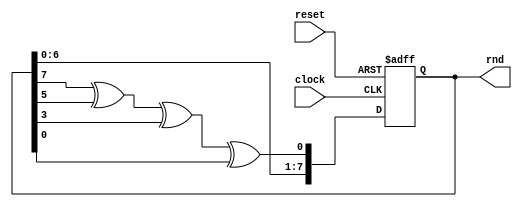
// http://simplefpga.blogspot.com.co/2013/02/random-number-generator-in-verilog-fpga.html

module Random1 #(parameter DATAWIDTH_BUS=8) 
(
    input clock,
    input reset,
    output [DATAWIDTH_BUS-1:0] rnd 
);

wire feedback;
 
reg [DATAWIDTH_BUS-1:0] random, random_next; //, random_done;
 
always @ (posedge clock or posedge reset)
begin
 if (reset)
 begin
  random <= 8'b10000001; //An LFSR cannot have an all 0 state, thus reset to FF
 end
 else
 begin
  random <= random_next;
 end
end
 
always @ (*)
begin
  random_next = {random[6:0], feedback}; //shift left the xor'd every posedge clock
end
 
assign feedback = random[7] ^ random[5] ^ random[3] ^ random[0];  

assign rnd[DATAWIDTH_BUS-1:0] = random[DATAWIDTH_BUS-1:0];

endmodule